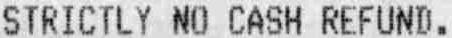
STRICTLY NO CASH REFUND.